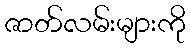
ဇာတ်လမ်းများကို